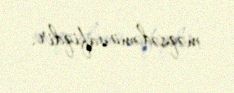
məqsədəmüvafiqdir.